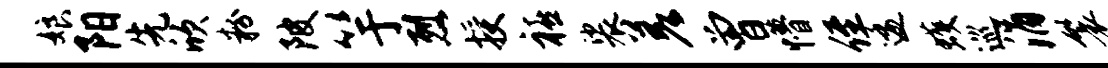
娘阳先欣粉陂竽烈授禧裟差曾懵侄逶蠖巡涓鬟